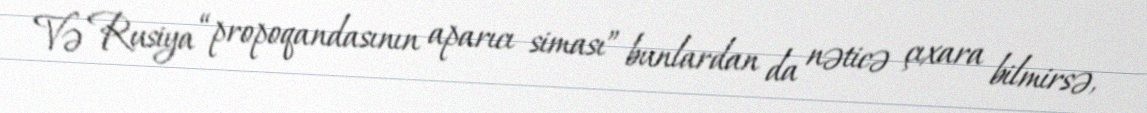
Və Rusiya “propoqandasının aparıcı siması” bunlardan da nəticə çıxara bilmirsə,